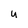
Character: U